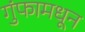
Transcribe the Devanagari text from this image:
गुंफामधून